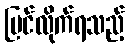
မြင်လိုက်ရသည့်